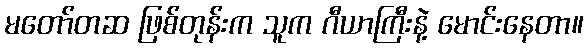
မတော်တဆ ဖြစ်တုန်းက သူက ဂီယာကြီးနဲ့ မောင်းနေတာ။